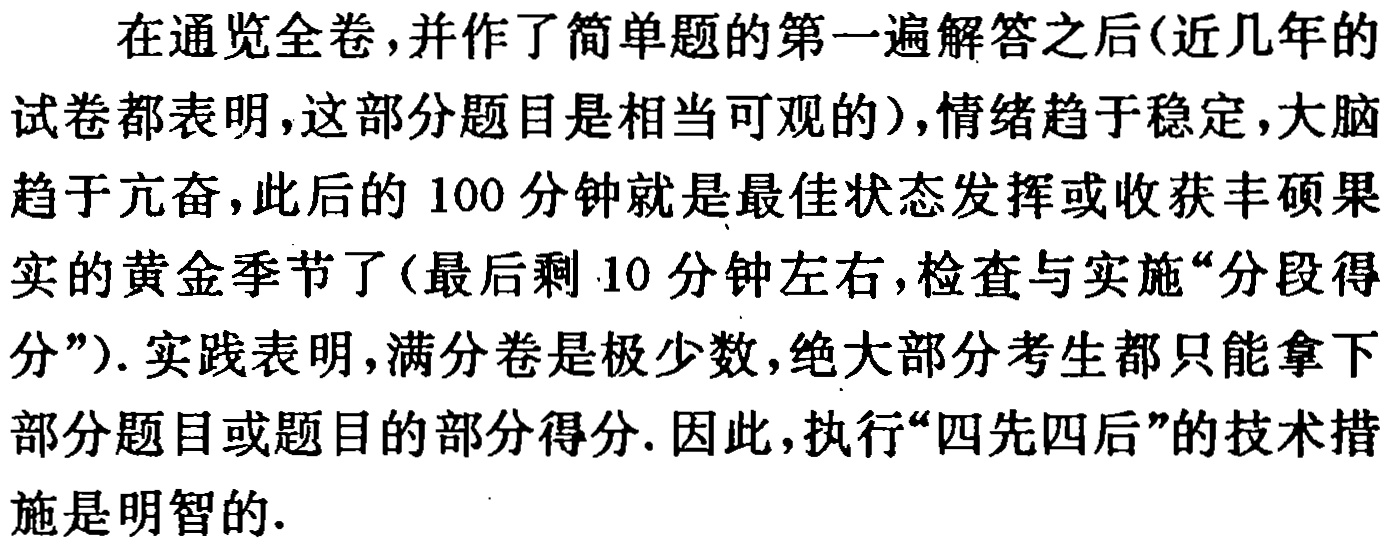
在通览全卷，并作了简单题的第一遍解答之后(近几年的试卷都表明，这部分题目是相当可观的)，情绪趋于稳定，大脑趋于亢奋，此后的100分钟就是最佳状态发挥或收获丰硕果实的黄金季节了(最后剩10分钟左右，检查与实施“分段得分”). 实践表明，满分卷是极少数，绝大部分考生都只能拿下部分题目或题目的部分得分. 因此，执行“四先四后”的技术措施是明智的.